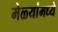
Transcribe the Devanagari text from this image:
मेळ्यांमध्ये